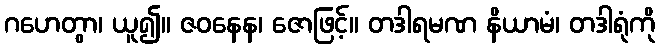
ဂဟေတွာ၊ ယူ၍။ ဇဝနေန၊ ဇောဖြင့်။ တဒါရမဏ နိယာမံ၊ တဒါရုံကို